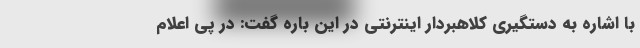
با اشاره به دستگیری کلاهبردار اینترنتی در این باره گفت: در پی اعلام